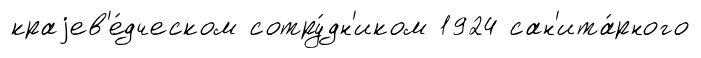
краjев'е́дческом сотру́дн'иком 1924 сан'ита́рного